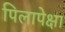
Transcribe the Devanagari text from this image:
पिलापेक्षा